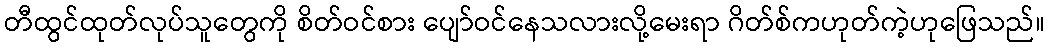
တီထွင်ထုတ်လုပ်သူတွေကို စိတ်ဝင်စား ပျော်ဝင်နေသလားလို့မေးရာ ဂိတ်စ်ကဟုတ်ကဲ့ဟုဖြေသည်။